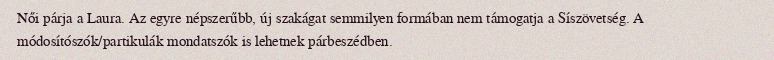
Női párja a Laura. Az egyre népszerűbb, új szakágat semmilyen formában nem támogatja a Síszövetség. A módosítószók/partikulák mondatszók is lehetnek párbeszédben.